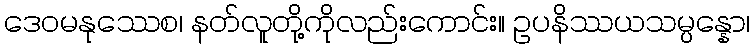
ဒေဝမနုဿေစ၊ နတ်လူတို့ကိုလည်းကောင်း။ ဥပနိဿယသမ္ပန္နော၊